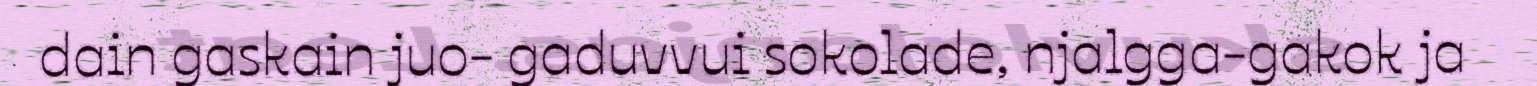
dain gaskain juo- gaduvvui sokolade, njalgga-gakok ja